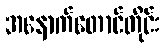
အနောက်တောင်တိုင်း